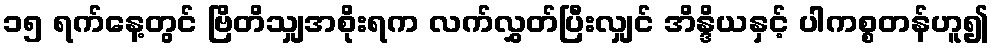
၁၅ ရက်နေ့တွင် ဗြိတိသျှအစိုးရက လက်လွှတ်ပြီးလျှင် အိန္ဒိယနှင့် ပါကစ္စတန်ဟူ၍